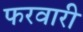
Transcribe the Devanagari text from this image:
फरवारी